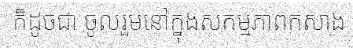
ក៏ដូចជា ចូលរួមនៅក្នុងសកម្មភាពកសាង